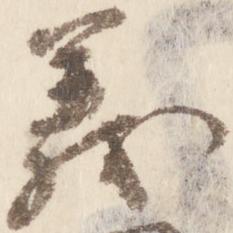
義